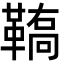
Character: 𩌚